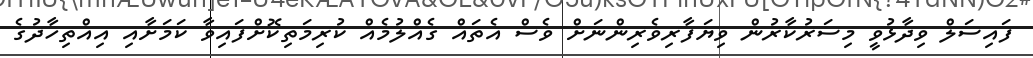
ފައިސަލް ވިދާޅުވީ މިސަރުކާރުން ވިޔަފާރިވެރިންނަށް ވެސް އެތައް ގެއްލުމެއް ކުރިމަތިކޮށްފައިވާ ކަމަށާއި އިއްތިހާދުގެ